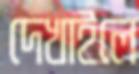
দেখাইলে